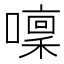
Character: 𡀫